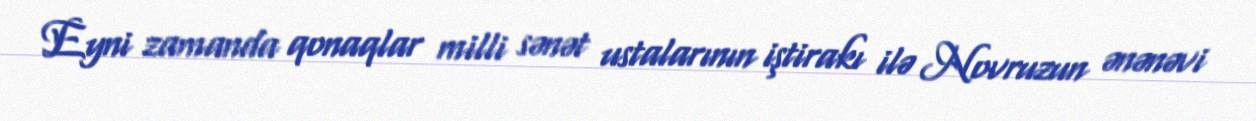
Eyni zamanda qonaqlar milli sənət ustalarının iştirakı ilə Novruzun ənənəvi